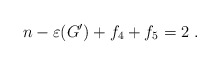
\begin{align*}n-\varepsilon(G')+f_4 +f_5 = 2\ . \end{align*}